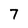
Character: 7